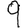
Digit: 9